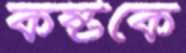
কষ্টকে